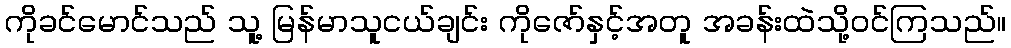
ကိုခင်မောင်သည် သူ့ မြန်မာသူငယ်ချင်း ကိုဇော်နှင့်အတူ အခန်းထဲသို့ဝင်ကြသည်။